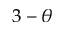
3 - \theta